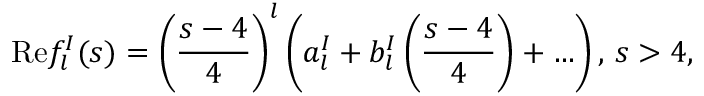
\mathrm { R e } f _ { l } ^ { I } ( s ) = \left( { \frac { s - 4 } { 4 } } \right) ^ { l } \left( a _ { l } ^ { I } + b _ { l } ^ { I } \left( { \frac { s - 4 } { 4 } } \right) + \ldots \right) , \, s > 4 ,